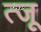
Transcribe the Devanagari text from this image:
त्जू